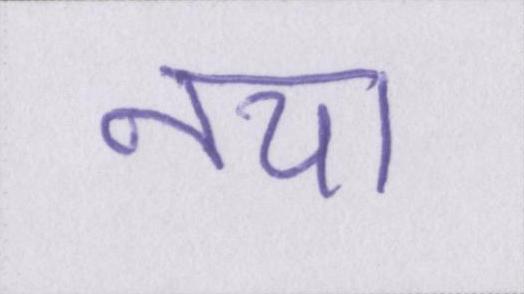
नया